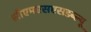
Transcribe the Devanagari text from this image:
सीएमएसएसडब्ल्यू